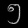
Digit: ၅